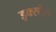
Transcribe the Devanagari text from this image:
इक्सोरा